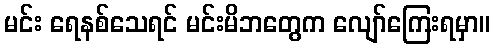
မင်း ရေနစ်သေရင် မင်းမိဘတွေက လျော်ကြေးရမှာ။